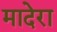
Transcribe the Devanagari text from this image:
मादेरा